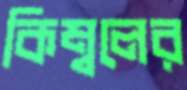
কিম্বলের